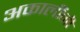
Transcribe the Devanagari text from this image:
अकालींनी